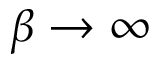
\beta \to \infty